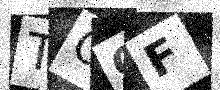
Text: TOCF